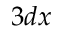
3 d x